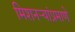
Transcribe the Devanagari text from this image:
मिशनऱ्यांप्रमाणे